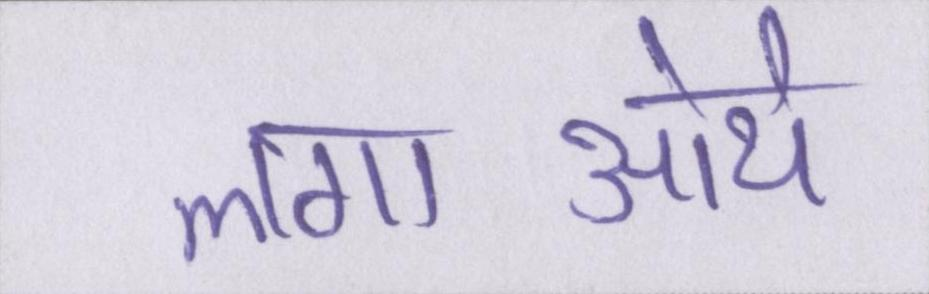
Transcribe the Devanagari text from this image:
लगाऒये